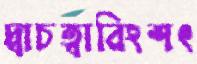
দ্বাচত্বারিংশৎ